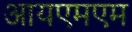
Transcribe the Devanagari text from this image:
आयएमएम